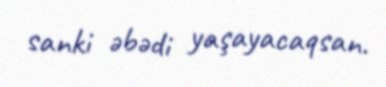
sanki əbədi yaşayacaqsan.